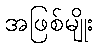
အဖြစ်မျိုး